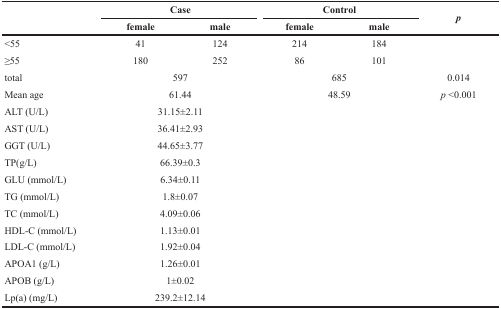
<table><thead><tr><td rowspan="2"></td><td colspan="2"><b>Case</b></td><td colspan="2"><b>Control</b></td><td rowspan="2"><b><i>p</i></b></td></tr><tr><td><b>female</b></td><td><b>male</b></td><td><b>female</b></td><td><b>male</b></td></tr></thead><tbody><tr><td>&lt;55</td><td>41</td><td>124</td><td>214</td><td>184</td><td></td></tr><tr><td>≥55</td><td>180</td><td>252</td><td>86</td><td>101</td><td></td></tr><tr><td>total</td><td colspan="2">597</td><td colspan="2">685</td><td>0.014</td></tr><tr><td>Mean age</td><td colspan="2">61.44</td><td colspan="2">48.59</td><td><i>p</i> &lt;0.001</td></tr><tr><td>ALT (U/L)</td><td colspan="2">31.15±2.11</td><td colspan="2"></td><td></td></tr><tr><td>AST (U/L)</td><td colspan="2">36.41±2.93</td><td colspan="2"></td><td></td></tr><tr><td>GGT (U/L)</td><td colspan="2">44.65±3.77</td><td colspan="2"></td><td></td></tr><tr><td>TP(g/L)</td><td colspan="2">66.39±0.3</td><td colspan="2"></td><td></td></tr><tr><td>GLU (mmol/L)</td><td colspan="2">6.34±0.11</td><td colspan="2"></td><td></td></tr><tr><td>TG (mmol/L)</td><td colspan="2">1.8±0.07</td><td colspan="2"></td><td></td></tr><tr><td>TC (mmol/L)</td><td colspan="2">4.09±0.06</td><td colspan="2"></td><td></td></tr><tr><td>HDL-C (mmol/L)</td><td colspan="2">1.13±0.01</td><td colspan="2"></td><td></td></tr><tr><td>LDL-C (mmol/L)</td><td colspan="2">1.92±0.04</td><td colspan="2"></td><td></td></tr><tr><td>APOA1 (g/L)</td><td colspan="2">1.26±0.01</td><td colspan="2"></td><td></td></tr><tr><td>APOB (g/L)</td><td colspan="2">1±0.02</td><td colspan="2"></td><td></td></tr><tr><td>Lp(a) (mg/L)</td><td colspan="2">239.2±12.14</td><td colspan="2"></td><td></td></tr></tbody></table>